Insane asylums in Bengal annual reports 1876-1887 - 1876-1887
Year: 1876
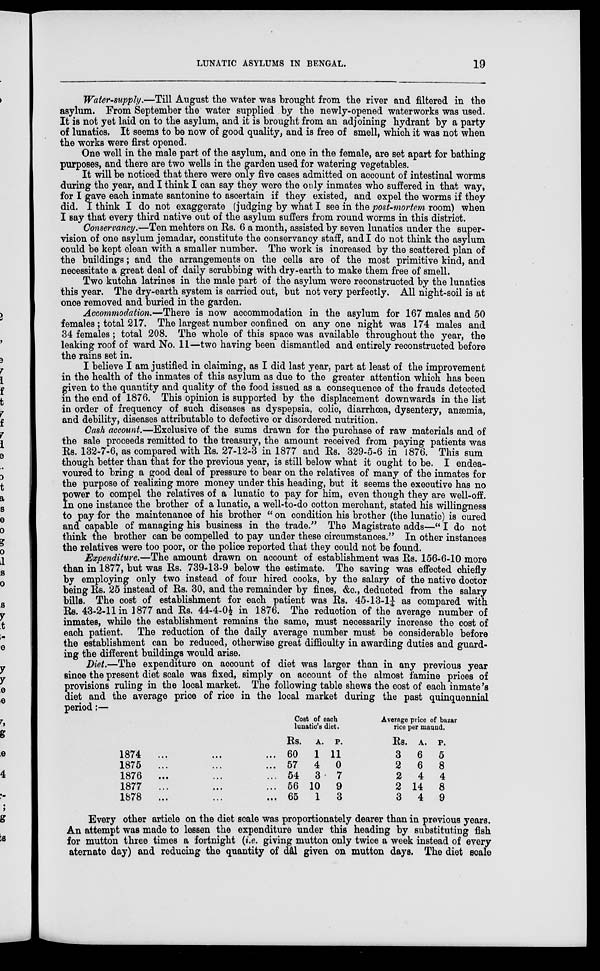
LUNATIC ASYLUMS IN BENGAL.
19
Water-supply.—Till August the water was brought from the river and filtered in the
asylum. From September the water supplied by the newly-opened waterworks was used.
It is not yet laid on to the asylum, and it is brought from an adjoining hydrant by a party
of lunatics. It seems to be now of good quality, and is free of smell, which it was not when
the works were first opened.
One well in the male part of the asylum, and one in the female, are set apart for bathing
purposes, and there are two wells in the garden used for watering vegetables.
It will be noticed that there were only five cases admitted on account of intestinal worms
during the year, and I think I can say they were the only inmates who suffered in that way,
for I gave each inmate santonine to ascertain if they existed, and expel the worms if they
did. I think I do not exaggerate (judging by what I see in the post-mortem room) when
I say that every third native out of the asylum suffers from round worms in this district.
Conservancy.—Ten mehters on Rs. 6 a month, assisted by seven lunatics under the super-
vision of one asylum jemadar, constitute the conservancy staff, and I do not think the asylum
could be kept clean with a smaller number. The work is increased by the scattered plan of
the buildings; and the arrangements on the cells are of the most primitive kind, and
necessitate a great deal of daily scrubbing with dry-earth to make them free of smell.
Two kutcha latrines in the male part of the asylum were reconstructed by the lunatics
this year. The dry-earth system is carried out, but not very perfectly. All night-soil is at
once removed and buried in the garden.
Accommodation.—There is now accommodation in the asylum for 167 males and 50
females; total 217. The largest number confined on any one night was 174 males and
34 females; total 208. The whole of this space was available throughout the year, the
leaking roof of ward No. 11—two having been dismantled and entirely reconstructed before
the rains set in.
I believe I am justified in claiming, as I did last year, part at least of the improvement
in the health of the inmates of this asylum as due to the greater attention which has been
given to the quantity and quality of the food issued as a consequence of the frauds detected
in the end of 1876. This opinion is supported by the displacement downwards in the list
in order of frequency of such diseases as dyspepsia, colic, diarrhœa, dysentery, anæmia,
and debility, diseases attributable to defective or disordered nutrition.
Cash account.—Exclusive of the sums drawn for the purchase of raw materials and of
the sale proceeds remitted to the treasury, the amount received from paying patients was
Rs. 132-7-6, as compared with Rs. 27-12-3 in 1877 and Rs. 329-5-6 in 1876. This sum
though better than that for the previous year, is still below what it ought to be. I endea-
voured to bring a good deal of pressure to bear on the relatives of many of the inmates for
the purpose of realizing more money under this heading, but it seems the executive has no
power to compel the relatives of a lunatic to pay for him, even though they are well-off.
In one instance the brother of a lunatic, a well-to-do cotton merchant, stated his willingness
to pay for the maintenance of his brother “ on condition his brother (the lunatic) is cured
and capable of managing his business in the trade.” The Magistrate adds—“I do not
think the brother can be compelled to pay under these circumstances.” In other instances
the relatives were too poor, or the police reported that they could not be found.
Expenditure.—The amount drawn on account of establishment was Rs. 156-6-10 more
than in 1877, but was Rs. 739-13-9 below the estimate. The saving was effected chiefly
by employing only two instead of four hired cooks, by the salary of the native doctor
being Rs. 25 instead of Rs. 30, and the remainder by fines, &c., deducted from the salary
bills. The cost of establishment for each patient was Rs. 45-13-1¼ as compared with
Rs. 43-2-11 in 1877 and Rs. 44-4-0½ in 1876. The reduction of the average number of
inmates, while the establishment remains the same, must necessarily increase the cost of
each patient. The reduction of the daily average number must be considerable before
the establishment can be reduced, otherwise great difficulty in awarding duties and guard-
ing the different buildings would arise.
Diet.—The expenditure on account of diet was larger than in any previous year
since the present diet scale was fixed, simply on account of the almost famine prices of
provisions ruling in the local market. The following table shews the cost of each inmate's
diet and the average price of rice in the local market during the past quinquennial
period:—
1874 ... ... ...
1875 ... ... ...
1876 ... ... ...
1877 ... ... ...
1878 ...
...
...
Cost of each
lunatic's diet.
Rs.
60
57
54
56
65
A.
1
4
3
10
1
P.
11
0
7
9
3
Average price of bazar
rice per maund.
Rs.
3
2
2
2
3
A.
6
6
4
14
4
P.
5
8
4
8
9
Every other article on the diet scale was proportionately dearer than in previous years.
An attempt was made to lessen the expenditure under this heading by substituting fish
for mutton three times a fortnight (i.e. giving mutton only twice a week instead of every
alternate day) and reducing the quantity of dâl given on mutton days. The diet scale